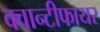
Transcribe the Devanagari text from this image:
क्वान्टीफायर